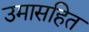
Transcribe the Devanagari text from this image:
उमासहित